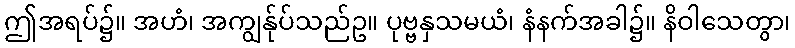
ဤအရပ်၌။ အဟံ၊ အကျွန်ုပ်သည်ဥ။ ပုဗ္ဗနှသမယံ၊ နံနက်အခါ၌။ နိဝါသေတွာ၊